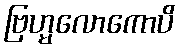
ဗြဟ္မလောကောပိ